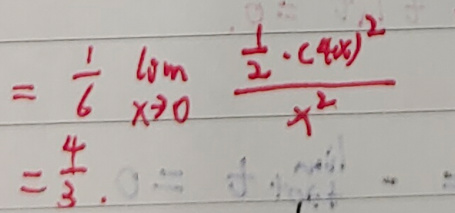
\begin{align*}
&=\frac{1}{6}\lim_{x\to0}\frac{\frac{1}{2}\cdot(4x)^{2}}{x^{2}}\\
&=\frac{4}{3}\cdot0 = 0
\end{align*}